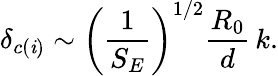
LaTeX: \delta_{c(\mathit{i})}\sim\left({\frac{{1}}{{S_{E}}}}\right)^{1/2}{\frac{{R_{0}}}{{d}}}\, k.